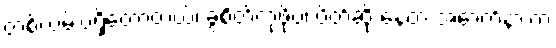
တစ်လမ်းပဲရှိတော့တယ်၊ ခွဲစိတ်ကုဖို့ပဲ၊ ပိတ်ဆို့ နေတဲ့ အောက်နားက